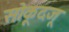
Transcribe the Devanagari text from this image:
सोकूदजू